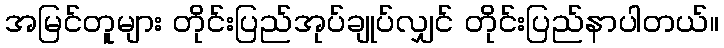
အမြင်တူများ တိုင်းပြည်အုပ်ချုပ်လျှင် တိုင်းပြည်နာပါတယ်။